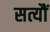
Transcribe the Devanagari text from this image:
सत्यौं